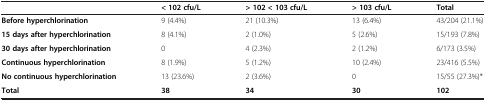
<table><thead><tr><td>[EMPTY_CELL]</td><td><b>&lt; 102 cfu/L</b></td><td><b>&gt; 102 &lt; 103 cfu/L</b></td><td><b>&gt; 103 cfu/L</b></td><td><b>Total</b></td></tr></thead><tbody><tr><td><b>Before hyperchlorination</b></td><td>9 (4.4%)</td><td>21 (10.3%)</td><td>13 (6.4%)</td><td>43/204 (21.1%)</td></tr><tr><td><b>15 days after hyperchlorination</b></td><td>8 (4.1%)</td><td>2 (1.0%)</td><td>5 (2.6%)</td><td>15/193 (7.8%)</td></tr><tr><td><b>30 days after hyperchlorination</b></td><td>0</td><td>4 (2.3%)</td><td>2 (1.2%)</td><td>6/173 (3.5%)</td></tr><tr><td><b>Continuous hyperchlorination</b></td><td>8 (1.9%)</td><td>5 (1.2%)</td><td>10 (2.4%)</td><td>23/416 (5.5%)</td></tr><tr><td><b>No continuous hyperchlorination</b></td><td>13 (23.6%)</td><td>2 (3.6%)</td><td>0</td><td>15/55 (27.3%)*</td></tr><tr><td><b>Total</b></td><td><b>38</b></td><td><b>34</b></td><td><b>30</b></td><td><b>102</b></td></tr></tbody></table>